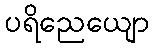
ပရိညေယျော